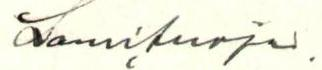
Lauri Suoja